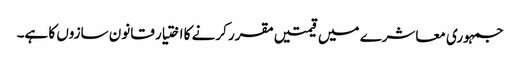
جمہوری معاشرے میں قیمتیں مقرر کرنے کا اختیار قانون سازوں کا ہے۔